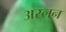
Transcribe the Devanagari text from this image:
अस्लन